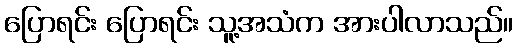
ပြောရင်း ပြောရင်း သူ့အသံက အားပါလာသည်။